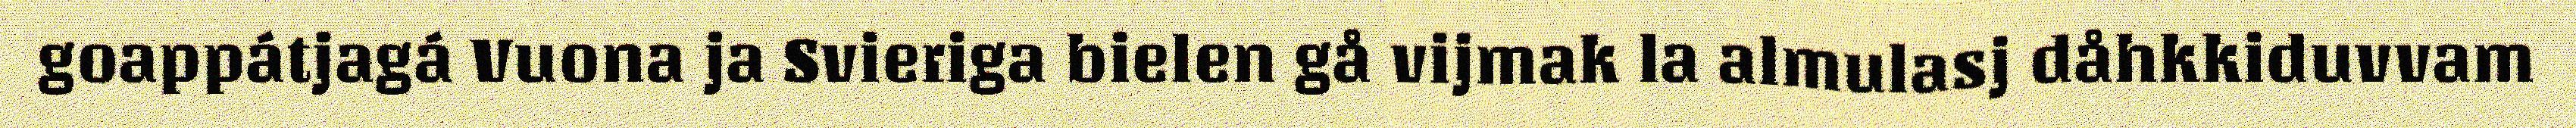
goappátjagá Vuona ja Svieriga bielen gå vijmak la almulasj dåhkkiduvvam